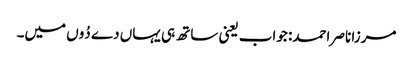
مرزا ناصر احمد: جواب یعنی ساتھ ہی یہاں دے دُوں میں۔